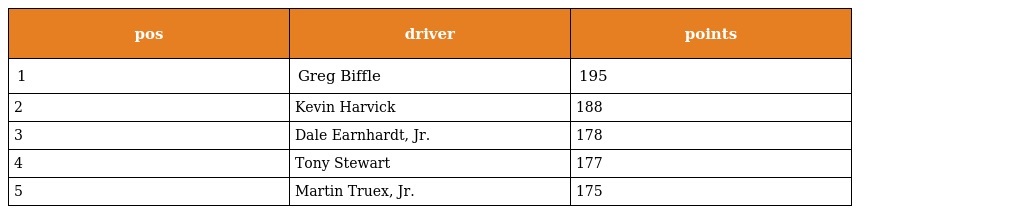
| pos | driver | points |
 | --- | --- | --- |
 | 1 | Greg Biffle | 195 |
 | 2 | Kevin Harvick | 188 |
 | 3 | Dale Earnhardt, Jr. | 178 |
 | 4 | Tony Stewart | 177 |
 | 5 | Martin Truex, Jr. | 175 |